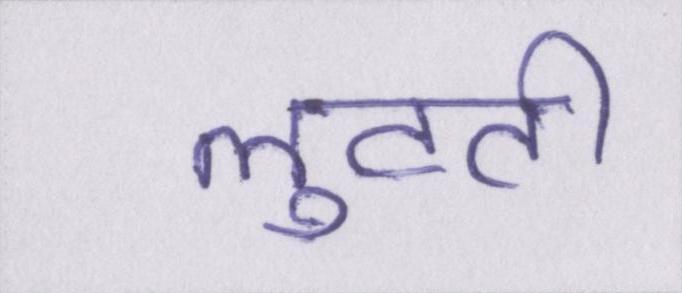
लुटती